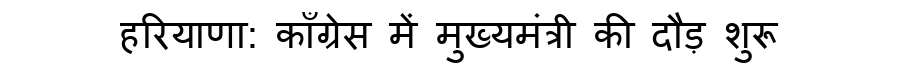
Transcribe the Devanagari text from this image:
हरियाणा: काँग्रेस में मुख्यमंत्री की दौड़ शुरू